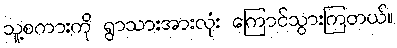
သူ့စကားကို ရွာသားအားလုံး ကြောင်သွားကြတယ်။